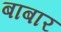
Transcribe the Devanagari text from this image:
बाबार